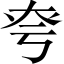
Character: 𡘆